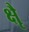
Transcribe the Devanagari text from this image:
क्षैृ